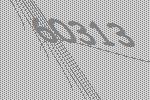
60313